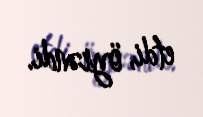
etdi, öyrəndi.